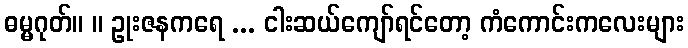
ဓမ္မဂုတ်။ ။ ဥုးဇနကရေ ... ငါးဆယ်ကျော်ရင်တော့ ကံကောင်းကလေးများ